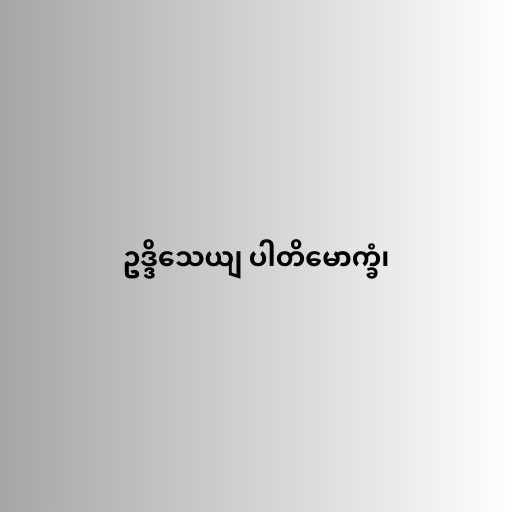
ဥဒ္ဒိသေယျ ပါတိမောက္ခံ၊